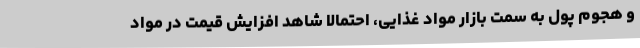
و هجوم پول به سمت بازار مواد غذایی، احتمالا شاهد افزایش قیمت در مواد